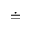
\doteq